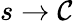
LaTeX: s\to\mathcal{C}